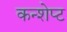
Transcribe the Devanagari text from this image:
कन्शेप्ट